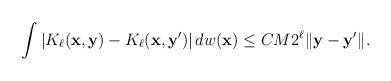
LaTeX: \begin{align*}\int |K_\ell(\mathbf x,\mathbf y)& - K_{\ell}(\mathbf x,\mathbf y')|\, dw(\mathbf x)\leq C M 2^\ell \| \mathbf y-\mathbf y'\|.\end{align*}